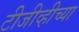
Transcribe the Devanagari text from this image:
टीजीव्हीच्या